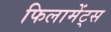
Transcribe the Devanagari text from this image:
फिलामेंट्स